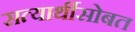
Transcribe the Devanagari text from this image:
सत्यार्थीसोबत